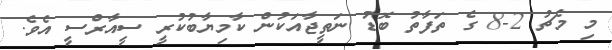
މި މެޗު 2-8 ގެ ތަފާތު ބޮޑު ނަތީޖާއަކުން ކާމިޔާބުކުރީ ސީއާރްސީ އެވެ.